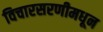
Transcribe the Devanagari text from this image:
विचारसरणीमधून